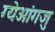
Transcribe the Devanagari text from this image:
ग्येओंगजु